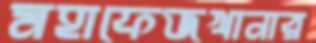
মহাফেজখানার